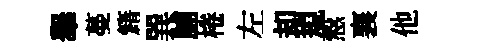
𦦙蔓籍巽脯棬左却規慤襄他